Annual report on the mental hospital in the Central Provinces and Berar (Nagpur) - 1927-1951
Year: 1927
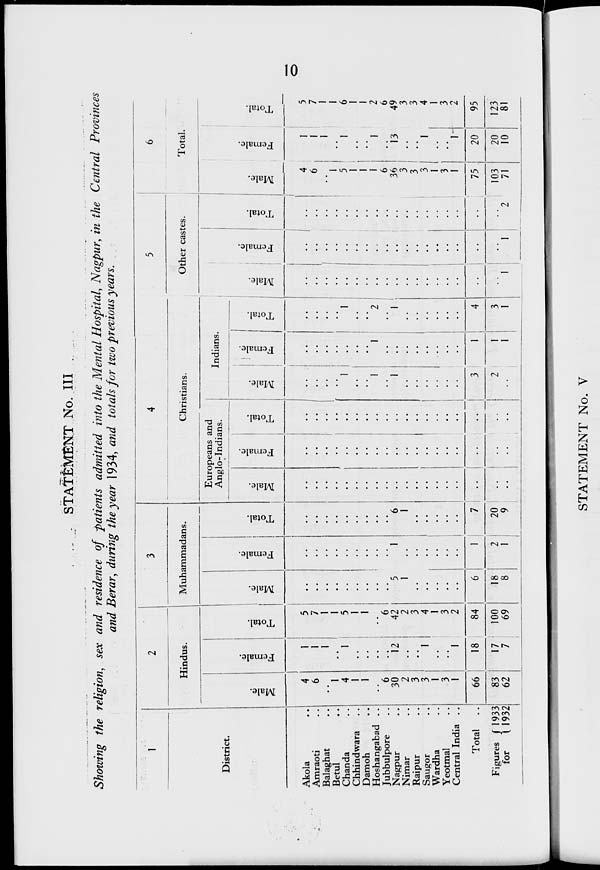
10
STATEMENT No. III
Showing the religion, sex and residence of patients admitted into the Mental Hospital, Nagpur, in the Central Provinces
and Berar, during the year 1934, and totals for two previous years.
1
District.
Akola..
Amraoti..
Balaghat..
Betul..
Chanda..
Chhindwara..
Damoh..
Hoshangabad..
Jubbulpore..
Nagpur..
Nimar..
Raipur..
Saugor..
Wardha..
Yeotmal..
Central India..
Total
..
Figures
for
1933
1932
2
Hindus.
Male.
4
6
..
1
4
1
1
..
6
30
2
3
3
1
3
1
66
83
62
Female.
1
1
1
..
1
..
..
..
..
12
..
..
1
..
..
1
18
17
7
Total.
5
7
1
1
5
1
1
..
6
42
2
3
4
1
3
2
84
100
69
3
Muhammadans.
Male.
..
..
..
..
..
..
..
..
..
5
1
..
..
..
..
..
6
18
8
Female.
..
..
..
..
..
..
..
..
..
1
..
..
..
..
..
..
1
2
1
Total.
..
..
..
..
..
..
..
..
..
6
1
..
..
..
..
..
7
20
9
4
Christians.
Eurpeans and
Anglo-Indians.
Male.
..
..
..
..
..
..
..
..
..
..
..
..
..
..
..
..
..
..
..
Female.
..
..
..
..
..
..
..
..
..
..
..
..
..
..
..
..
..
..
..
Total.
..
..
..
..
..
..
..
..
..
..
..
..
..
..
..
..
..
..
..
Indians.
Males.
..
..
..
..
1
..
..
1
..
1
..
..
..
..
..
..
3
2
..
Female.
..
..
..
..
..
..
..
1
..
..
..
..
..
..
..
..
1
1
1
Total.
..
..
..
..
1
..
..
2
..
1
..
..
..
..
..
..
4
3
1
5
Other castes.
Male.
..
..
..
..
..
..
..
..
..
..
..
..
..
..
..
..
..
..
1
Female.
..
..
..
..
..
..
..
..
..
..
..
..
..
..
..
..
..
..
1
Total.
..
..
..
..
..
..
..
..
..
..
..
..
..
..
..
..
..
..
2
6
Total.
Male.
4
6
..
1
5
1
1
1
6
36
3
3
3
1
3
1
75
103
71
Female.
1
1
1
..
1
..
..
1
..
13
..
..
1
..
..
1
20
20
10
Total
5
7
1
1
6
1
1
2
6
49
3
3
4
1
3
..
95
123
81